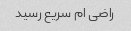
راضی ام سریع رسید